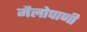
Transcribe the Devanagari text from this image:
मैलोपाणी